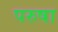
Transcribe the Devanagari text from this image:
परुषा